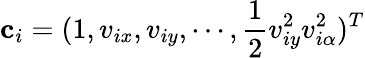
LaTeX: \mathbf{c}_{i}=(1,v_{ix},v_{iy},\cdots,\frac{1}{2}v_{iy}^{2}v_{i\alpha}^{2})^{T}